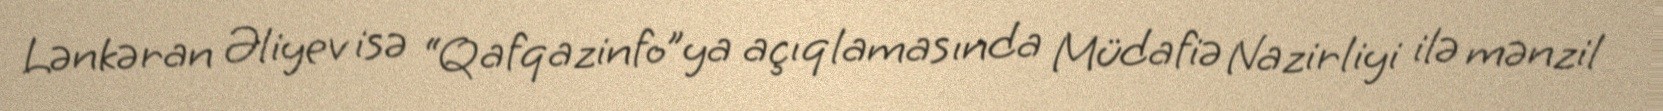
Lənkəran Əliyev isə “Qafqazinfo”ya açıqlamasında Müdafiə Nazirliyi ilə mənzil